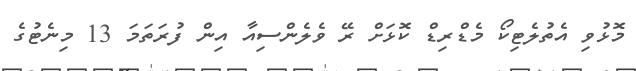
މޮޅުވި އެތުލެޓިކޯ މެޑްރިޑް ކޮޅަށް ރޭ ވެލެންސިއާ އިން ފުރަތަމަ 13 މިނެޓުގެ